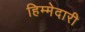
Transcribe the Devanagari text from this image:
हिम्मेदारी